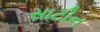
સાટીન